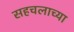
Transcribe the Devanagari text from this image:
सहचलाच्या